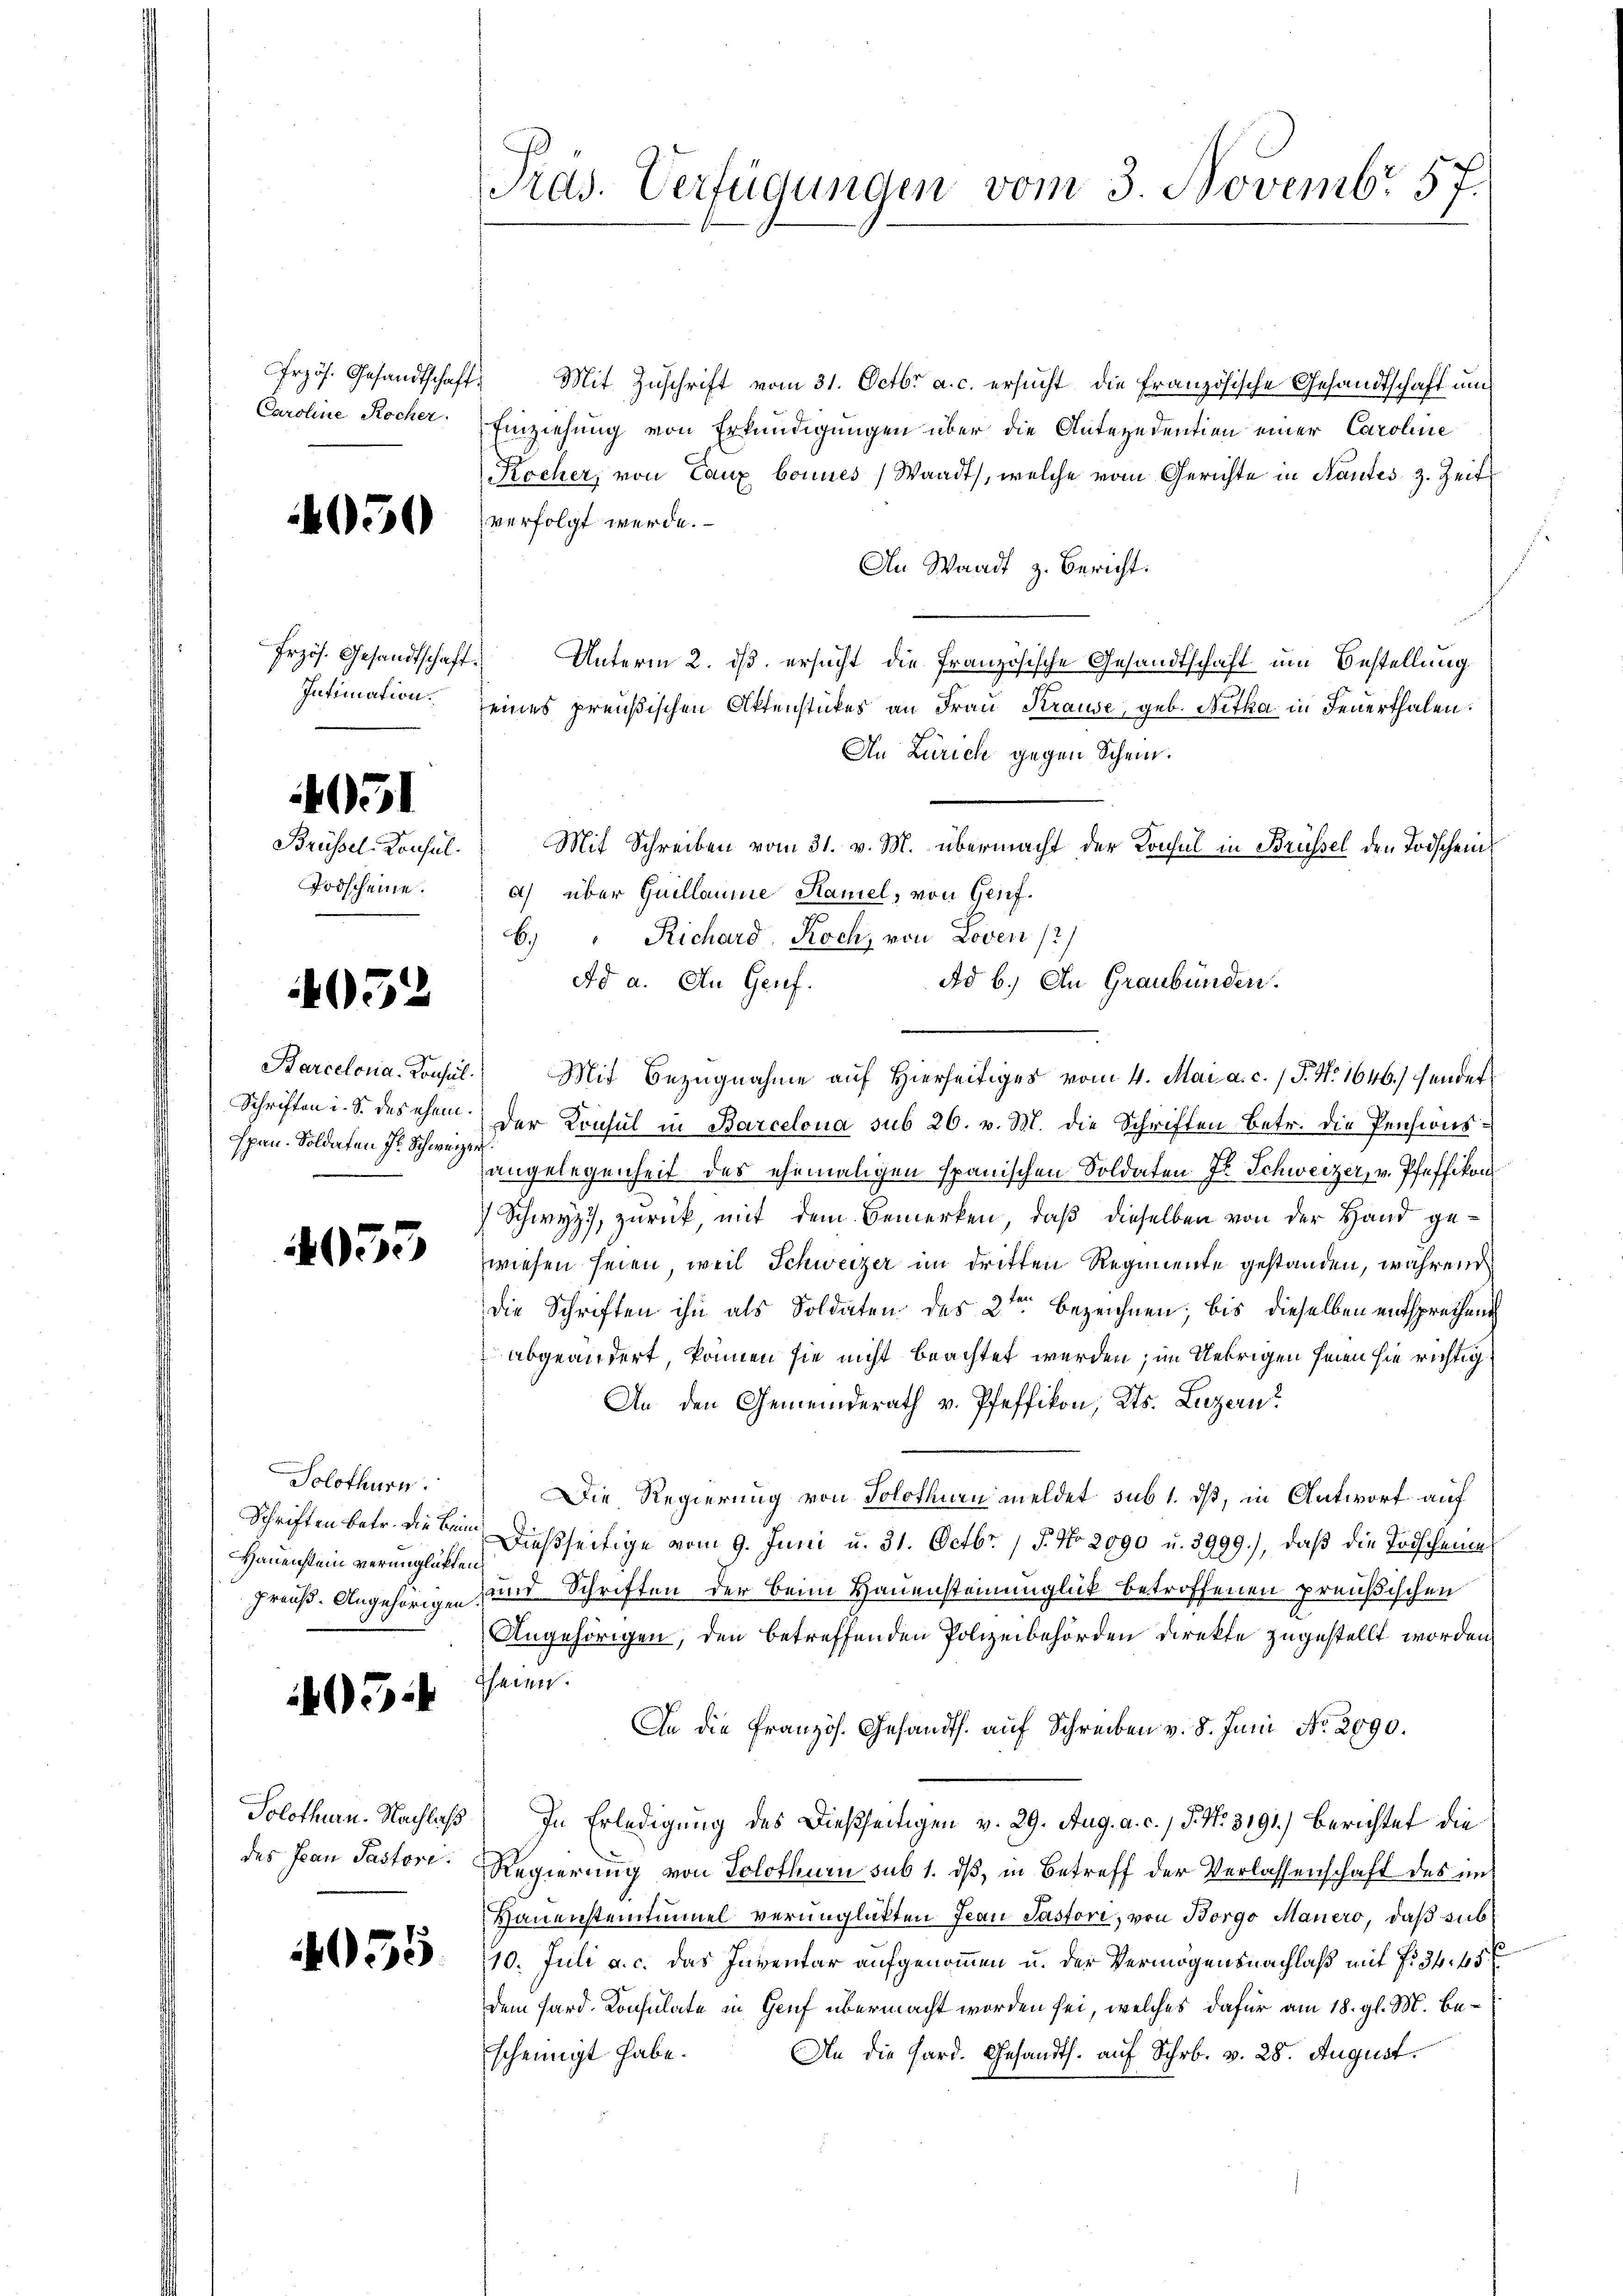
Frzös. Gesandtschaft.

4051

05.

Brüssel-Konsul
Todscheine.

Hpan. Soldaten Fr. Schweizer,

055

Solothurn.
Schriften betr. die Beim
Hauenstein verunglückten

054

Frzös. Gesandtschaft. Mit Zuschrift vom 31. Octbr. a. c. ersucht die Französische Gesandtschaft um
Caroline Rocher. Einziehung von Erkundigungen über die Antezedention einer Caroline
Kocher, von Caux bonnes Waadt, welche vom Gerichte in Kautes z. Zeit
1251) verfolgt werde.
An Waadt z. Bericht:
Unterm 2. ds. ersucht die Französische Gesandtschaft um Bestellung
Intimation seines preußischen Aktenstückes an Frau Krause, geb. Betha in Feuerthalen.
An Zürich gegen Schein.
Mit Schreiben vom 31. v. M. übermacht der Konsul in Brüssel den Todscheins
a) über Guillaume Ramel, von Genf.
6.) Richard Koch, von Loven (2)
Ad a. An Genf.
Barcelona. Konsul Mit Bezugnahme auf Hierseitiges vom 4. Mai a. c. / P. Nr. 1646.) sendet
Schriften i. S. des ehem. Der Konsul in Barcelona sub 26. v. M. die Schriften Betr. die Pensionsangelegenheit des ehemaligen Spanischen Soldaten J. Schweizer, v. Pfeffikon
 Schwyz, zurück, mit dem Bemerken, daß dieselben von der Hand gewiesen seien, weil Schweizer im dritten Regimente gestanden, während
die Schriften ihn als Soldaten des 2ten bezeichnen; bis dieselben entsprechend
abgeändert, können sie nicht beachtet werden; im Uebrigen seien sie richtig
An den Gemeinderath v. Pfeffikon, Kts. Luzern
Die Regierung von Solothurn meldet sub 1. dß, in Antwort auf
Dießseitige vom 9. Juni u. 31. Octbr. / 5. No 2090 u. 3999.), daß die Todscheines
Preuß. Angehörigen, und Schriften der beim Hauensteinunglück betroffenen preußischen
Angehörigen, den betreffenden Polizeibehörden Direkte zugestellt worden
Theren.
An die Französ. Gesandts. aŭf Schreiben v. 8. Juni Nr. 2090.
Solothurn. Nachlaß) In Erledigung des Dießseitigen v. 29. Aug. a. c., S. No. 3191.) Berichtet die
des Jean Pastori. Regierung von Solothurn sub 1. daß, in Betreff der Verlassenschaft des im
Hauensteintinuel verunglükten Jean Pastori, von Borgo Mauero, daß subeed. 10. Juli a. c. das Inventar aufgenommen u. der Vermögensnachlaß mit 7. 54. 45 x
dem Hard Konsulate in Gruf übermacht worden sei, welches dafür am 18. gl. M. bescheinigt habe. An die Hard. Gesandth. auf Schr. v. 28. August.

Pras. Verfügungen vom 3. Novembr 57.

Ad b.) An Graubünden.